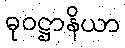
ဓုဝဋ္ဌာနိယာ